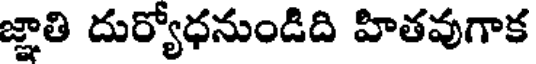
జ్ఞాతి దుర్యోధనుండిది హితవుగాక